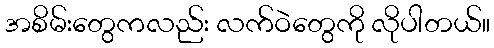
အစိမ်းတွေကလည်း လက်ဝဲတွေကို လိုပါတယ်။